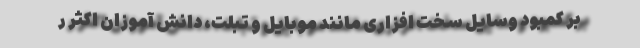
بر کمبود وسایل سخت افزاری مانند موبایل و تبلت، دانش آموزان اکثر ر